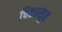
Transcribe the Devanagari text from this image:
चित्तप्रसूत